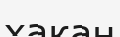
хакан